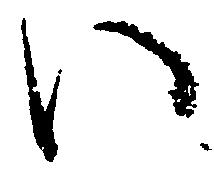
い